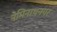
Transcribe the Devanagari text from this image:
नेमिनाथनगर